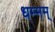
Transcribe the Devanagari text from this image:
धम्मम्